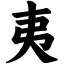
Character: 夷